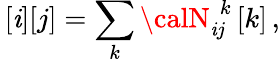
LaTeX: \, [\mathit{i}][j]=\sum_{k}{\calN}_{\mathit{i}j}^{\, \, k}\, [k]\, ,